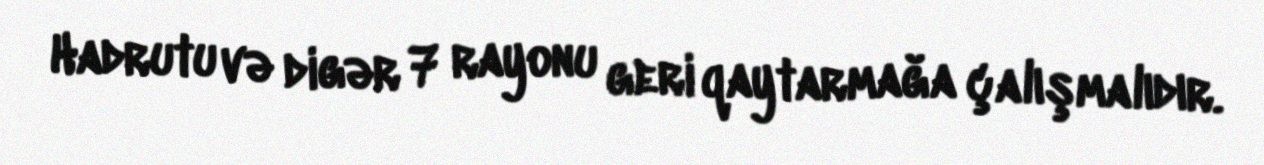
Hadrutu və digər 7 rayonu geri qaytarmağa çalışmalıdır.